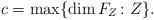
LaTeX: \begin{align*} c=\max\{\dim F_Z\colon Z\}. \end{align*}